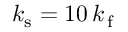
k _ { \mathrm { s } } = 1 0 \, k _ { \mathrm { \, f } }